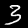
Digit: 3